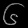
Digit: ၆